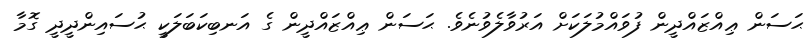
ޙަސަން ޢިއްޒައްދީން ފުވައްމުލަކަށް އަރުވާލެވުނެވެ. ޙަސަން ޢިއްޒައްދީން ގެ އަނބިކަބަލަކީ ޙުސައިންދީދީ ގޮމާ